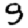
Digit: 9